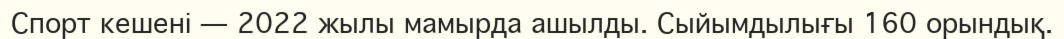
Спорт кешені — 2022 жылы мамырда ашылды. Сыйымдылығы 160 орындық.